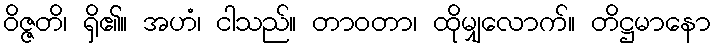
ဝိဇ္ဇတိ၊ ရှိ၏။ အဟံ၊ ငါသည်။ တာဝတာ၊ ထိုမျှလောက်။ တိဋ္ဌမာနော